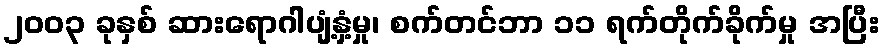
၂၀၀၃ ခုနှစ် ဆားရောဂါပျံ့နှံ့မှု၊ စက်တင်ဘာ ၁၁ ရက်တိုက်ခိုက်မှု အပြီး